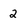
Character: 2